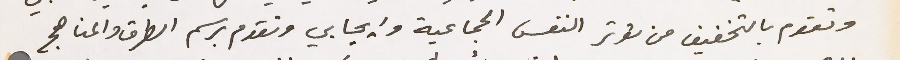
وتقوم بالتخفيف من توتر النفس الجماعية وايجابي وتقدم برسم الطرق والمناهج